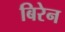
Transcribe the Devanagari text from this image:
बिरेन